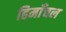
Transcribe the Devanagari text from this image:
हिमाँचल